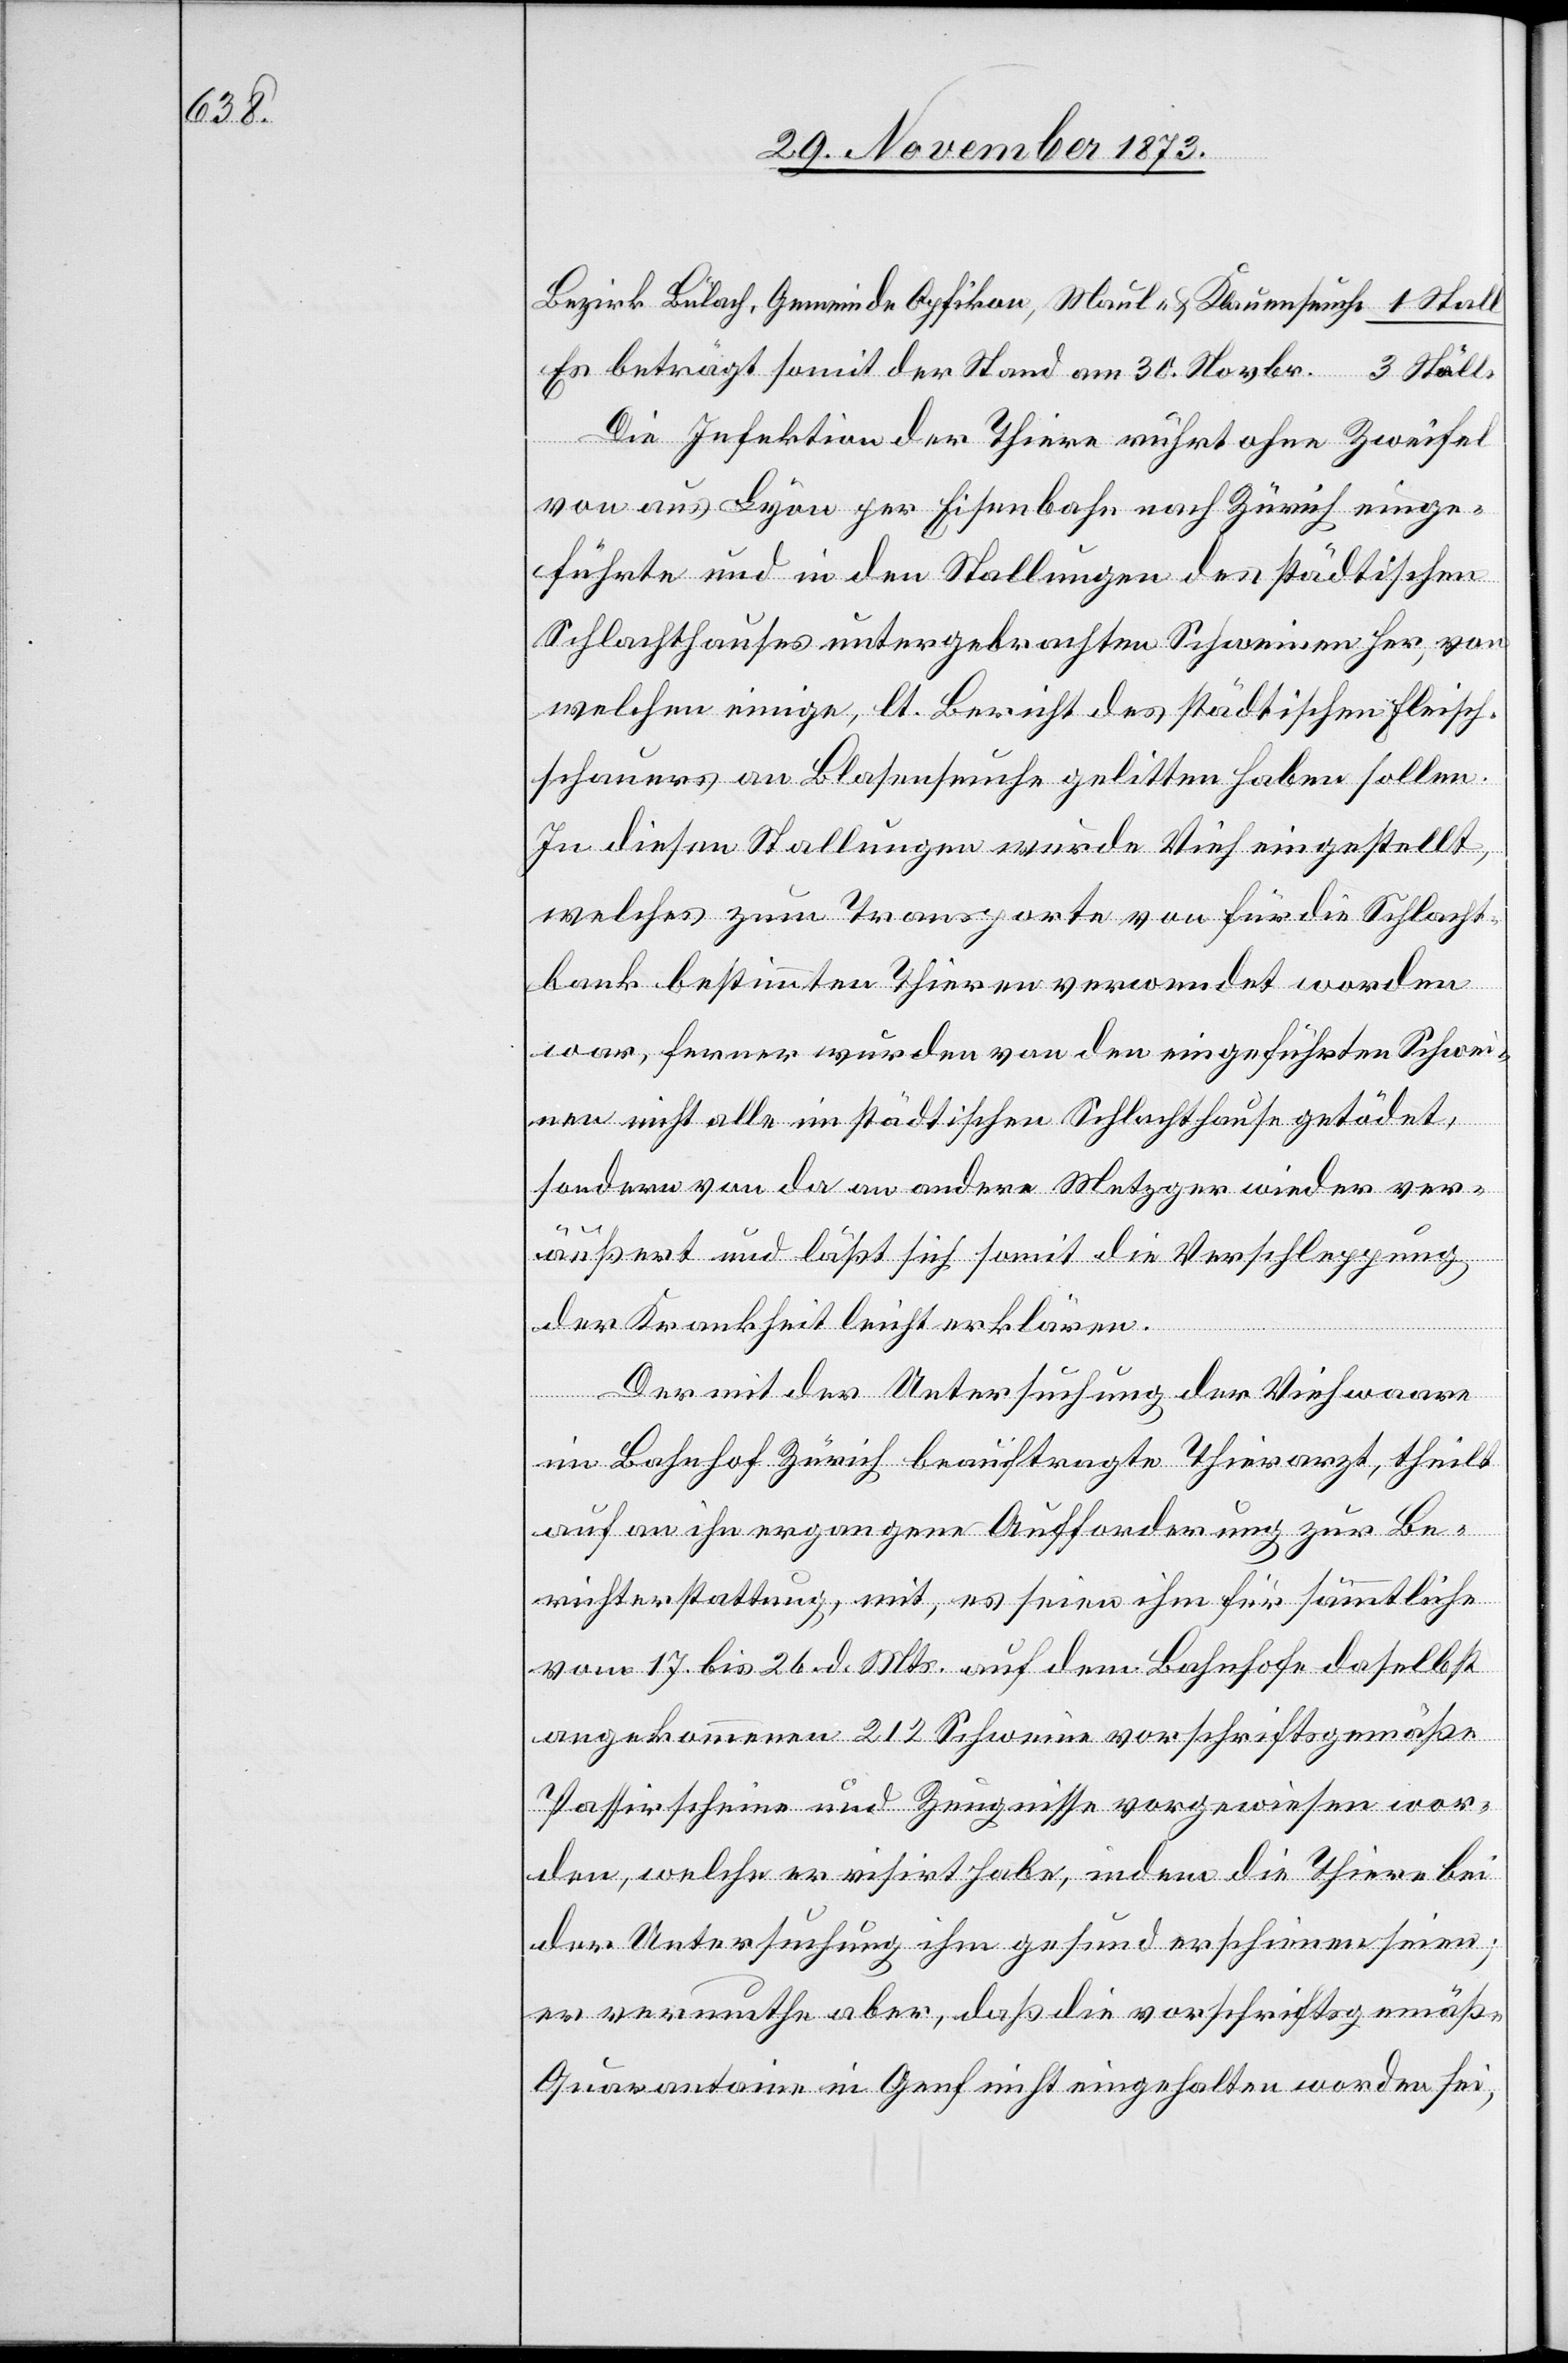
Bezirk Bülach, Gemeinde Opfikon, Maul- & Klauenseuche
Es beträgt somit der Stand am 30. Novbr.
Die Infektion der Thiere rührt ohne Zweifel
von aus Lyon per Eisenbahn nach Zürich einge¬
führte[n] und in den Stallungen des städtischen
Schlachthauses untergebrachten Schweinen her, von
welchen einige, lt. Bericht des städtischen Fleisch¬
schauers an Blasenseuche gelitten haben sollen.
In diesen Stallungen wurde Vieh eingestellt,
welches zum Transporte von für die Schlacht¬
bank bestimmten Thieren verwendet worden
war, ferner wurden von den eingeführten Schwei¬
nen nicht alle im städtischen Schlachthause getödet,
sondern von da an andere Metzger wieder ver¬
äußert und läßt sich somit die Verschleppung
der Krankheit leicht erklären.
Der mit der Untersuchung der Viehwaare
im Bahnhof Zürich beauftragte Thierarzt, theilt
auf an ihn ergangene Aufforderung zur Be¬
richterstattung, mit, es seien ihm für sämmtliche
vom 17. bis 26. d. Mts. auf dem Bahnhofe daselbst
angekommenen 212 Schweine vorschriftsgemäße
Passirscheine und Zeugnisse vorgewiesen wor¬
den, welche er visirt habe, indem die Thiere bei
der Untersuchung ihm gesund erschienen seien;
er vermuthe aber, daß die vorschriftsgemäße
Quarantaine in Genf nicht eingehalten worden sei,